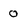
Character: 0